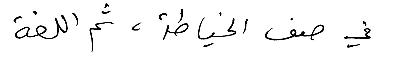
في صف الخياطة، ثم اللغة